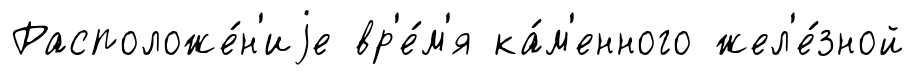
Расположе́н'иjе вр'е́м'я ка́м'енного жел'е́зной